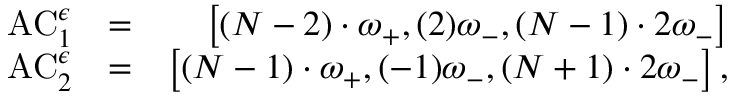
\begin{array} { r l r } { \mathrm { A C } _ { 1 } ^ { \epsilon } } & { = } & { \left[ ( N - 2 ) \cdot \omega _ { + } , ( 2 ) \omega _ { - } , ( N - 1 ) \cdot 2 \omega _ { - } \right] } \\ { \mathrm { A C } _ { 2 } ^ { \epsilon } } & { = } & { \left[ ( N - 1 ) \cdot \omega _ { + } , ( - 1 ) \omega _ { - } , ( N + 1 ) \cdot 2 \omega _ { - } \right] , } \end{array}